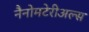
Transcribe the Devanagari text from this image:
नैनोमटेरीअल्स